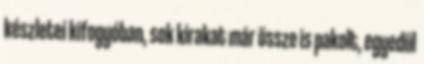
készletei kifogyóban, sok kirakat már össze is pakolt, egyedül